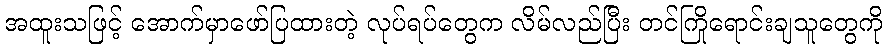
အထူးသဖြင့် အောက်မှာဖော်ပြထားတဲ့ လုပ်ရပ်တွေက လိမ်လည်ပြီး တင်ကြိုရောင်းချသူတွေကို